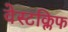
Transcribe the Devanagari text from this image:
वेस्टक्लिफ